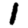
Digit: 1